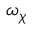
\omega _ { \chi }